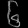
Digit: ၆